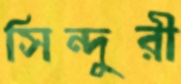
সিন্দুরী